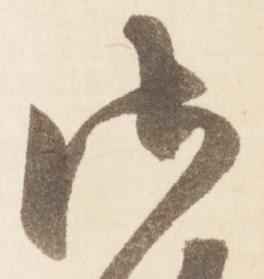
御